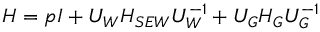
H = p I + U _ { W } H _ { S E W } U _ { W } ^ { - 1 } + U _ { G } H _ { G } U _ { G } ^ { - 1 }